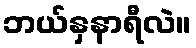
ဘယ်နှနာရီလဲ။